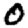
Digit: 0